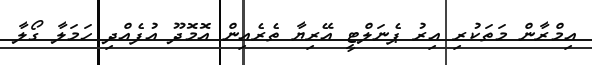
އިމްރާން މަތަކުރި އިރު ޕެނަލްޓީ އޭރިޔާ ތެރެއިން އޮމޮދޫ އުފެއްދި ހަމަލާ ގޯލާ